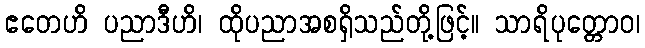
ဧတေဟိ ပညာဒီဟိ၊ ထိုပညာအစရှိသည်တို့ဖြင့်။ သာရိပုတ္တောဝ၊